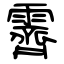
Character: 霽